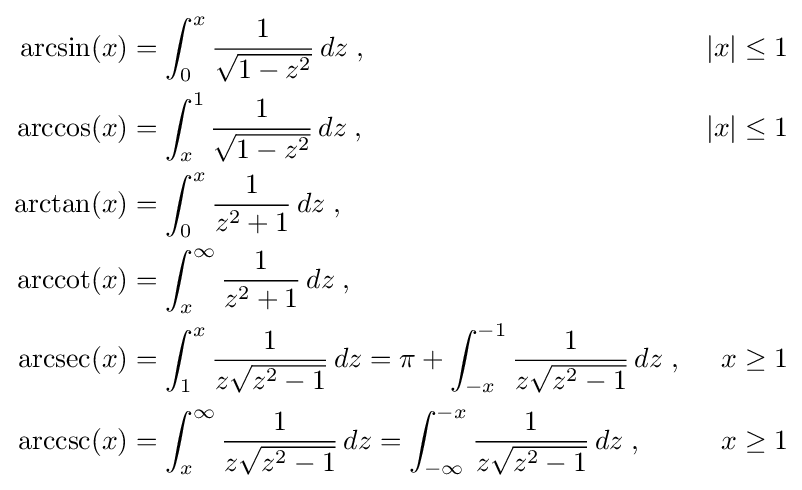
{\begin{aligned}\arcsin(x)&{}=\int _{0}^{x}{\frac {1}{\sqrt {1-z^{2}}}}\,dz\;,&|x|&{}\leq 1\\\arccos(x)&{}=\int _{x}^{1}{\frac {1}{\sqrt {1-z^{2}}}}\,dz\;,&|x|&{}\leq 1\\\arctan(x)&{}=\int _{0}^{x}{\frac {1}{z^{2}+1}}\,dz\;,\\\operatorname {arccot} (x)&{}=\int _{x}^{\infty }{\frac {1}{z^{2}+1}}\,dz\;,\\\operatorname {arcsec} (x)&{}=\int _{1}^{x}{\frac {1}{z{\sqrt {z^{2}-1}}}}\,dz=\pi +\int _{-x}^{-1}{\frac {1}{z{\sqrt {z^{2}-1}}}}\,dz\;,&x&{}\geq 1\\\operatorname {arccsc} (x)&{}=\int _{x}^{\infty }{\frac {1}{z{\sqrt {z^{2}-1}}}}\,dz=\int _{-\infty }^{-x}{\frac {1}{z{\sqrt {z^{2}-1}}}}\,dz\;,&x&{}\geq 1\\\end{aligned}}